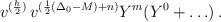
LaTeX: \begin{align*}v^{(\frac{h}{2})} \, v^{(\frac{1}{2}(\Delta_0-M)+n)} Y^m(Y^0+\ldots) \, .\end{align*}